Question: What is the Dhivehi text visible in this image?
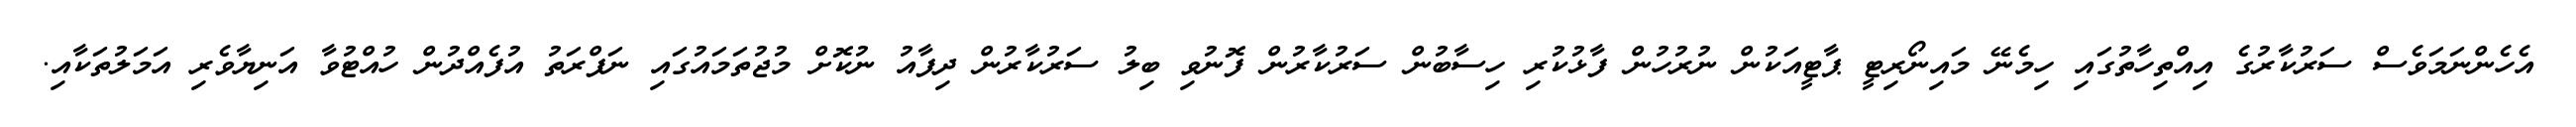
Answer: އެހެންނަމަވެސް ސަރުކާރުގެ އިއްތިހާތުގައި ހިމެނޭ މައިނޯރިޓީ ޕާޓީއަކުން ނުރުހުން ފާޅުކުރި ހިސާބުން ސަރުކާރުން ފޮނުވި ބިލު ސަރުކާރުން ދިފާއު ނުކޮށް މުޖުތަމައުގައި ނަފްރަތު އުފެއްދުން ހުއްޓުވާ އަނިޔާވެރި އަމަލުތަކާއި.